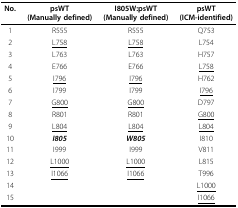
<table><thead><tr><td><b>No.</b></td><td><b>psWT (Manually defined)</b></td><td><b>I805W:psWT (Manually defined)</b></td><td><b>psWT (ICM-identified)</b></td></tr></thead><tbody><tr><td>1</td><td>R555</td><td>R555</td><td>Q753</td></tr><tr><td>2</td><td><underline>L758</underline></td><td><underline>L758</underline></td><td>L754</td></tr><tr><td>3</td><td>L763</td><td>L763</td><td>H757</td></tr><tr><td>4</td><td>E766</td><td>E766</td><td><underline>L758</underline></td></tr><tr><td>5</td><td><underline>I796</underline></td><td><underline>I796</underline></td><td>H762</td></tr><tr><td>6</td><td>I799</td><td>I799</td><td><underline>I796</underline></td></tr><tr><td>7</td><td><underline>G800</underline></td><td><underline>G800</underline></td><td>D797</td></tr><tr><td>8</td><td>R801</td><td>R801</td><td><underline>G800</underline></td></tr><tr><td>9</td><td><underline>L804</underline></td><td><underline>L804</underline></td><td><underline>L804</underline></td></tr><tr><td>10</td><td><i><b>I805</b></i></td><td><i><b>W805</b></i></td><td>I810</td></tr><tr><td>11</td><td>I999</td><td>I999</td><td>V811</td></tr><tr><td>12</td><td><underline>L1000</underline></td><td><underline>L1000</underline></td><td>L815</td></tr><tr><td>13</td><td><underline>I1066</underline></td><td><underline>I1066</underline></td><td>T996</td></tr><tr><td>14</td><td></td><td></td><td><underline>L1000</underline></td></tr><tr><td>15</td><td></td><td></td><td><underline>I1066</underline></td></tr></tbody></table>